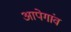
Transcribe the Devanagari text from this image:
आपेगांव